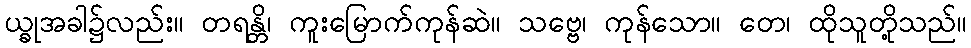
ယ္ခုအခါ၌လည်း။ တရန္တိ၊ ကူးမြောက်ကုန်ဆဲ။ သဗ္ဗေ၊ ကုန်သော။ တေ၊ ထိုသူတို့သည်။